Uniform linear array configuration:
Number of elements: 16
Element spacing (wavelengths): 0.25
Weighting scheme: cosine
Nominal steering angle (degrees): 60
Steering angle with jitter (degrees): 58.319
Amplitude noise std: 0.05
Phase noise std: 0.05

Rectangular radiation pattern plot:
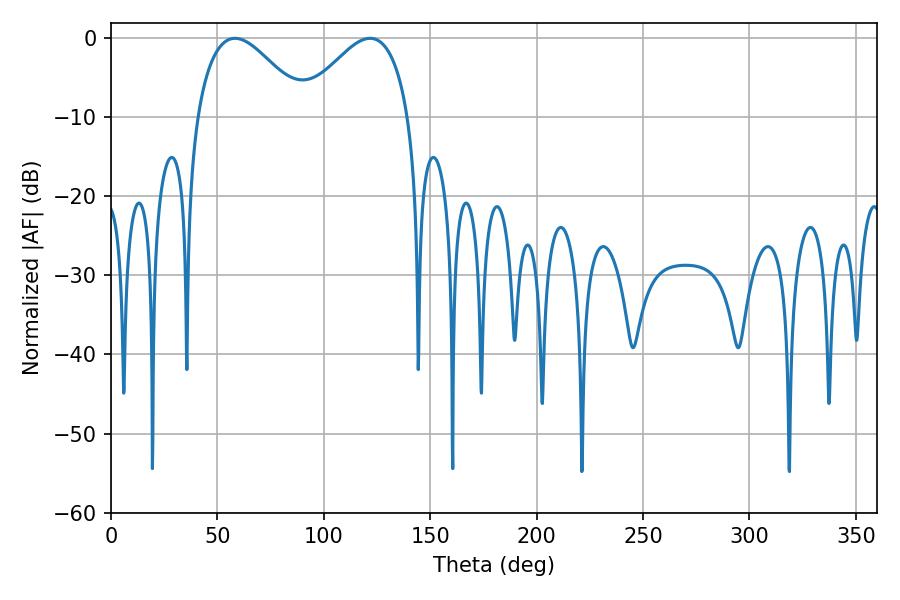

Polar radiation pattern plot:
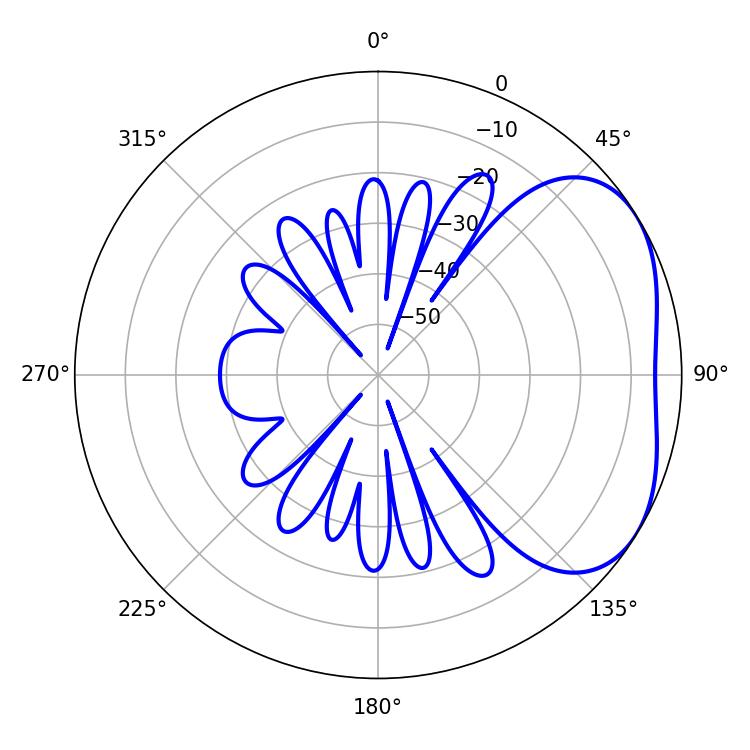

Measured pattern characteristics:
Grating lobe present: FALSE
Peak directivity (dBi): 3.422
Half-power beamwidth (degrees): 27.72
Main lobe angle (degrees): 58.32